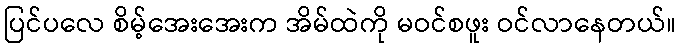
ပြင်ပလေ စိမ့်အေးအေးက အိမ်ထဲကို မဝင်စဖူး ဝင်လာနေတယ်။